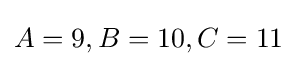
A=9,B=10,C=11